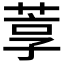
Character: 𬝇